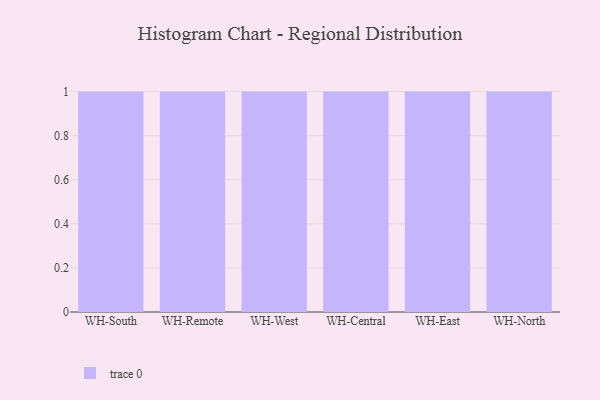
{"axis": {"x": "Warehouse", "y": "Population (Million)"}, "legend": [""], "data": [{"x": "WH-South", "y": 33, "type": ""}, {"x": "WH-Remote", "y": 51, "type": ""}, {"x": "WH-West", "y": 55, "type": ""}, {"x": "WH-Central", "y": 80, "type": ""}, {"x": "WH-East", "y": 72, "type": ""}, {"x": "WH-North", "y": 11, "type": ""}]}